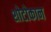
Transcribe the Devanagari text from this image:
शोटोकान